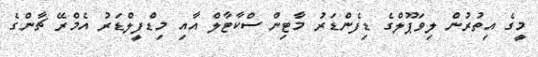
މީގެ އިތުރުން ލިވަޕޫލްގެ ޑިފެންޑަރު މާޓިން ސްކާޓާލް އާއި މިޑްފީލްޑަރު އެމްރޭ ޗާންގެ